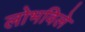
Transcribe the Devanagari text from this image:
लोभविले